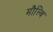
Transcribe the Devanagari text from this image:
मौल्वि